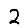
Digit: 2